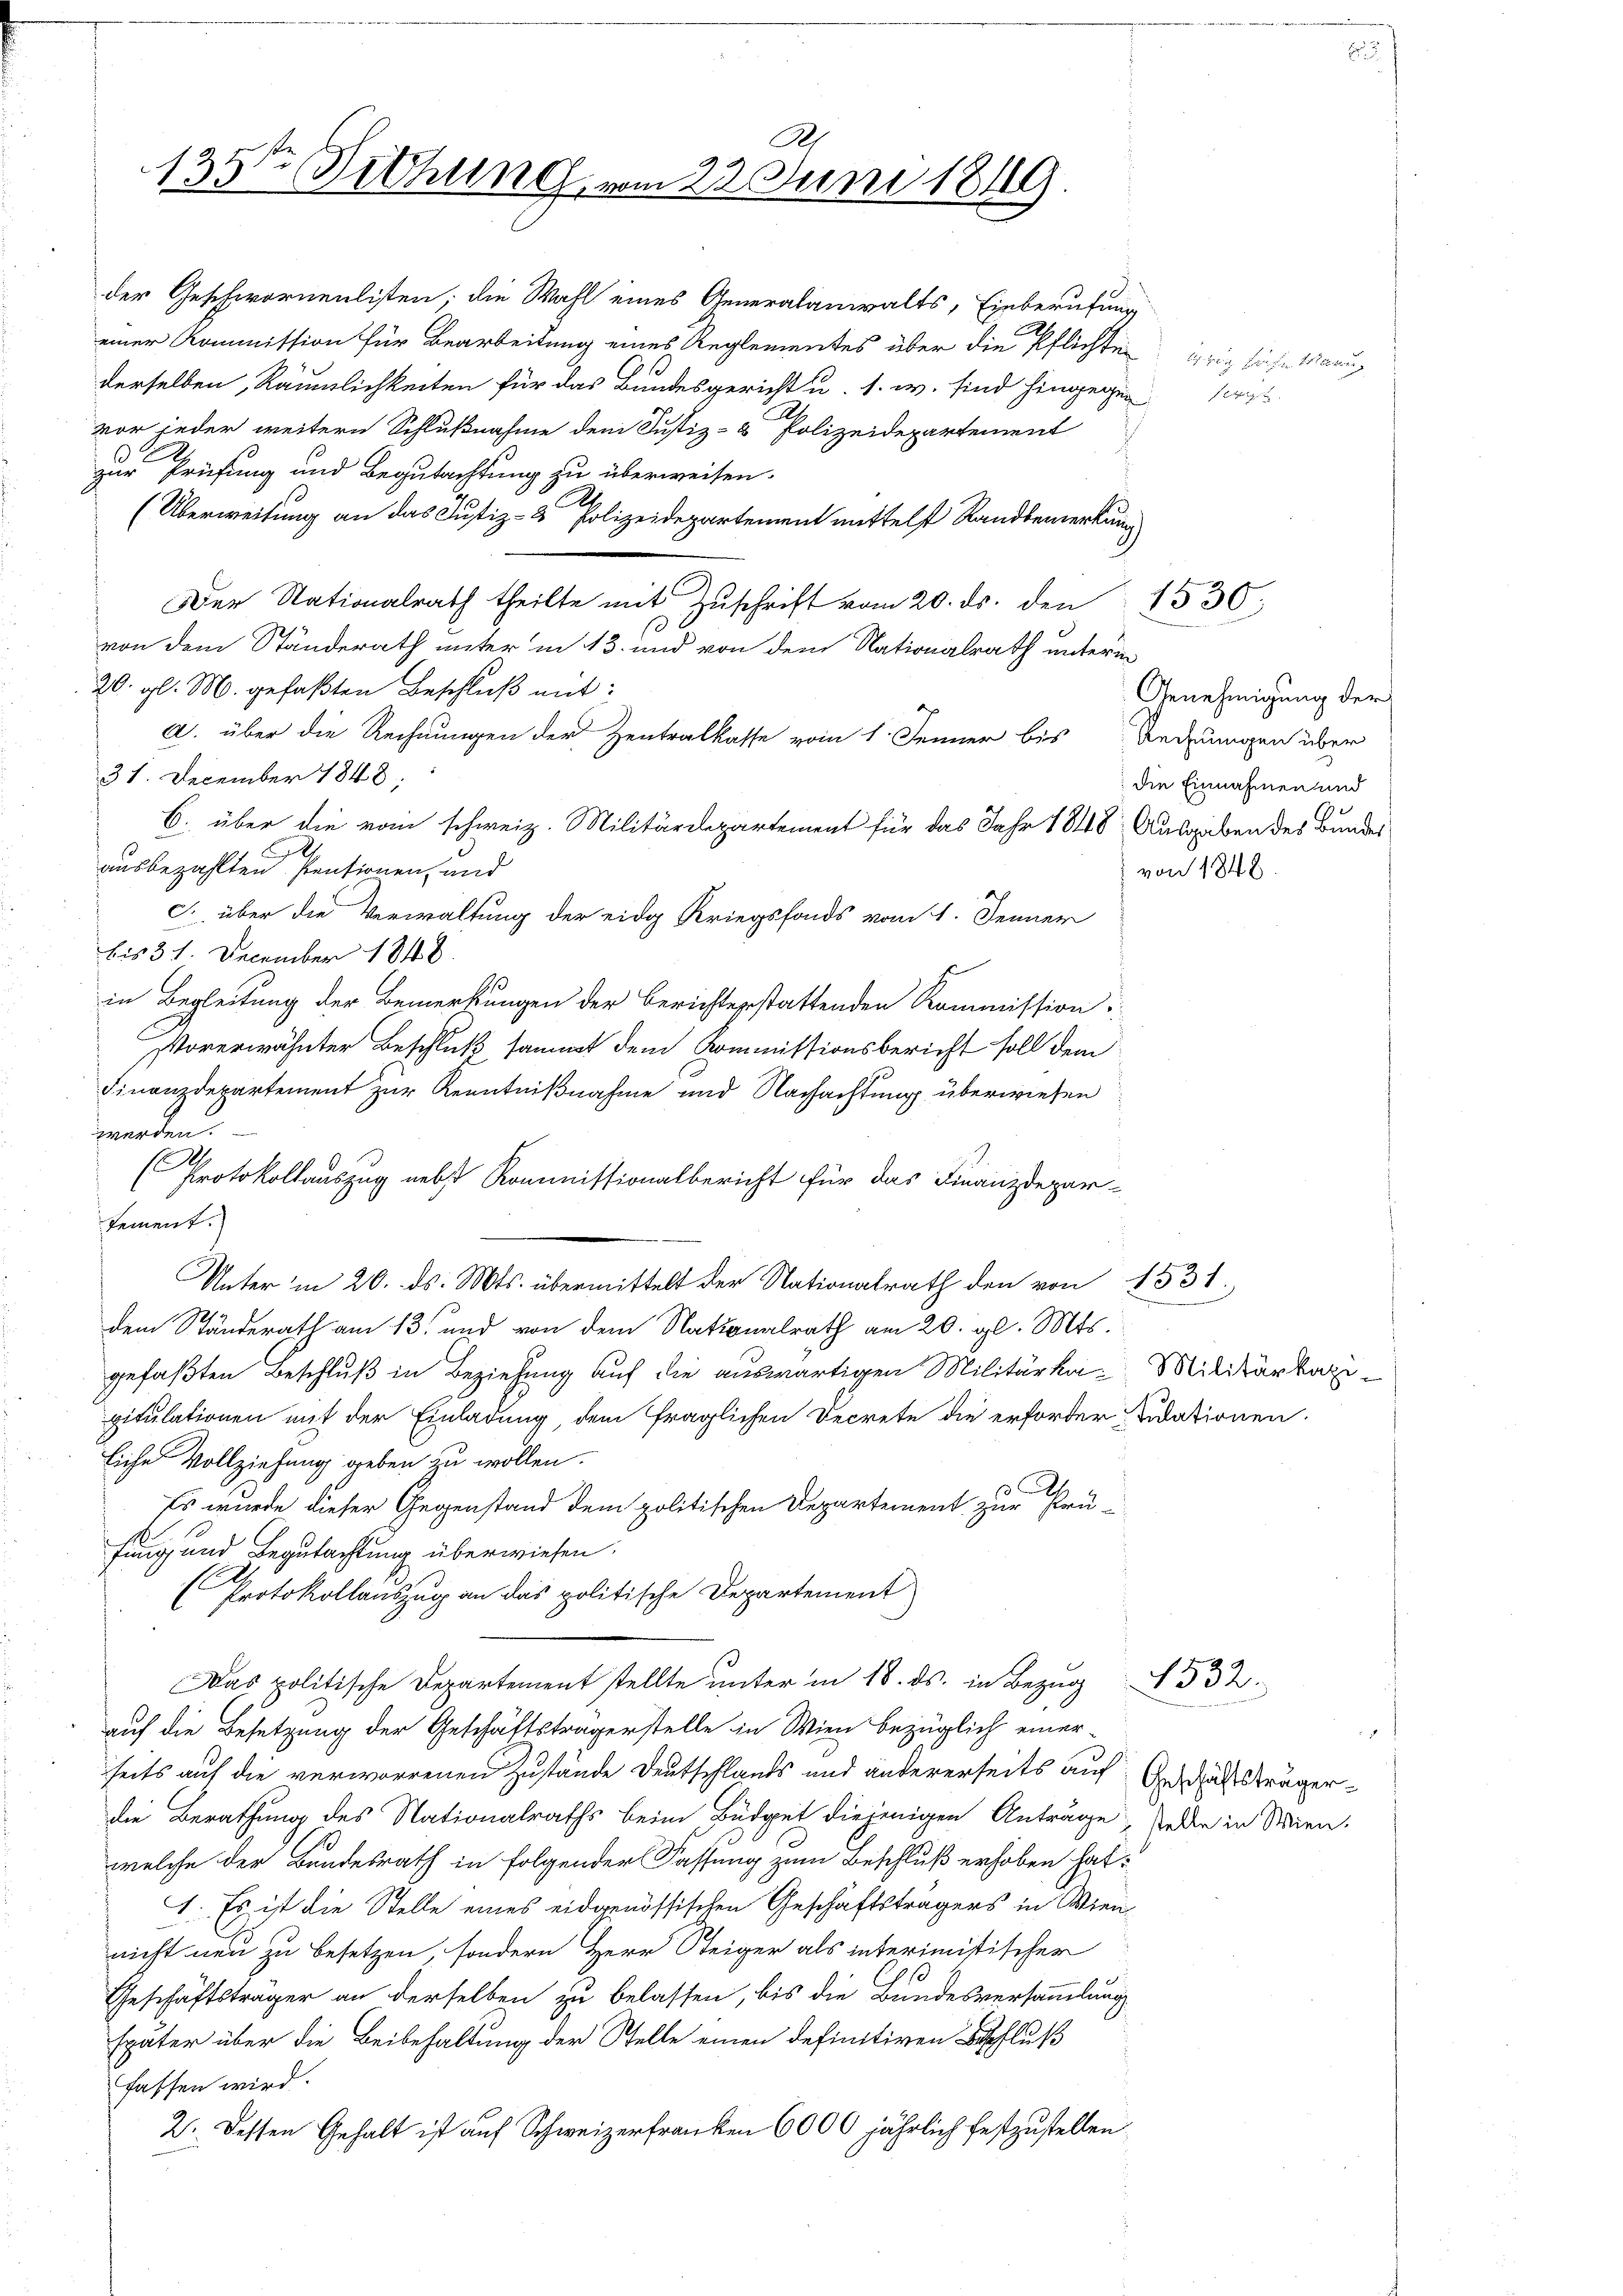
2
135. Bethung

Ah
23. Juni 1849

der Geschwornenlisten; die Wahl eines Generalanwalts, Einberufung
einer Kommission für Bearbeitung eines Reglementes über die Pflichten
derselben Räumlichkeiten für das Bundesgericht u. s. w. sind hingegen
vor jeder weitern Schlußnahme dem Justiz- & Polizeidepartement
2
zur Prüfung und Begutachtung zu überweisen.
(Überweisung an das Justiz- & Polizeidepartement mittelst Randbemerkung
Der Nationalrath theilte mit Zŭschrift vom 20. ds. den 1530
von dem Ständerath unter in 13. und von dem Nationalrath unterm
20. gl. M. gefaßten Beschluß mit:
A. über die Rechnungen der Zentralkasse vom 1. Jenner bis Redungen über
31. December 1848;
ausbezahlten sentionen, und
c. über die Verwaltung der eidg Kriegsfonds vom 1. Jenner
bis 31. December 1848.
in Begleitung der Bemerkungen der Berichterstattenden Kommission
Vorerwähnter Beschluß sammt dem Kommissionsbericht soll dem
Finanzdepartement zur Kenntnißnahme und Nachachtung überwiesen
werden.
No 10
Protokollauszug nebst Kommissionalbericht für das Finanzdepar-
sement.
Unter in 20. ds. Mts. übermittelt der Nationalrath den von 1531.
dem Ständerath am 13. und von dem Nationalrath am 20. gl. Mts.
gefaßten Beschluß in Beziehung auf die auswärtigen Militärka-Militärber
pitulationen mit der Einladung, dem fraglichen Decrete die erforder didationen.
liche Vollziehung geben zu wollen.
Es wurde dieser Gegenstand dem politischen Departement zur Prüfung und Begutachtung überwiesen.
(Protokollauszug an das politische Departement
Das politische Departement stellte unter in 18. ds. in Bezug 332.
auf die Besetzung der Geschäftsträgerstelle in Wien bezüglich einer
seits auf die verworrenen Zustände Deutschlands und andererseits auf
die Berathung des Nationalraths beim Büdget diejenigen Anträge oder in Wien.
welche der Bundesrath in folgender Fassung zum Beschluß erhoben hat.
1. Es ist die Stelle eines eidgenössischen Geschäftsträgers in Wiennicht neu zu besetzen, sondern Herr Steiger als interimistischer
Geschäftsträger an derselben zu belassen, bis die Bundesversammlung
später über die Beibehaltung der Stelle einen definitiven Beschluß
fassen wird.
2. Dessen Gehalt ist auf Schweizerfranken 6000 jährlich festzustellen.

C. über die vom schweiz. Militärdepartement für das Jahr 1848 Ausgeben des Bundes

ver

Fr Ma
f Ersetzt

1848.

Genehmigung der
die Einnahmen und

Geschäftsträger